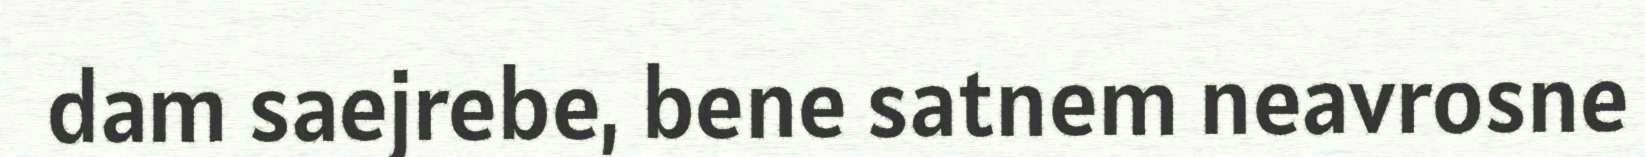
dam saejrebe, bene satnem neavrosne